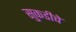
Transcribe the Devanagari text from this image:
सुकडीचे